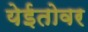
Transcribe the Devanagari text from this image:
येईतोवर